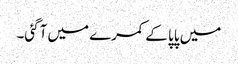
میں پاپا کے کمرے میں آگئی۔